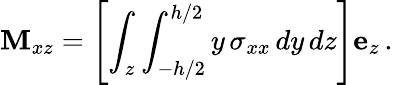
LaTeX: \mathbf{M}_{xz}=\left[\int_{z}\int_{-h/2}^{h/2}y\, \sigma_{xx}\, dy\, dz\right]\mathbf{e}_{z}\, .